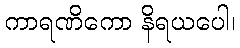
ကာရဏိကော နိရယပေါ၊